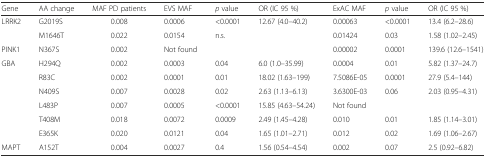
<table><thead><tr><td><b>Gene</b></td><td><b>AA change</b></td><td><b>MAF PD patients</b></td><td><b>EVS MAF</b></td><td><b><i>p</i> value</b></td><td><b>OR (IC 95 %)</b></td><td><b>ExAC MAF</b></td><td><b><i>p</i> value</b></td><td><b>OR (IC 95 %)</b></td></tr></thead><tbody><tr><td rowspan="2">LRRK2</td><td>G2019S</td><td>0.008</td><td>0.0006</td><td>&lt;0.0001</td><td>12.67 (4.0–40.2)</td><td>0.00063</td><td>&lt;0.0001</td><td>13.4 (6.2–28.6)</td></tr><tr><td>M1646T</td><td>0.022</td><td>0.0154</td><td>n.s.</td><td></td><td>0.01424</td><td>0.03</td><td>1.58 (1.02–2.45)</td></tr><tr><td>PINK1</td><td>N367S</td><td>0.002</td><td>Not found</td><td></td><td></td><td>0.00002</td><td>0.0001</td><td>139.6 (12.6–1541)</td></tr><tr><td rowspan="6">GBA</td><td>H294Q</td><td>0.002</td><td>0.0003</td><td>0.04</td><td>6.0 (1.0–35.99)</td><td>0.0004</td><td>0.01</td><td>5.82 (1.37–24.7)</td></tr><tr><td>R83C</td><td>0.002</td><td>0.0001</td><td>0.01</td><td>18.02 (1.63–199)</td><td>7.5086E-05</td><td>0.0001</td><td>27.9 (5.4–144)</td></tr><tr><td>N409S</td><td>0.007</td><td>0.0028</td><td>0.02</td><td>2.63 (1.13–6.13)</td><td>3.6300E-03</td><td>0.06</td><td>2.03 (0.95–4.31)</td></tr><tr><td>L483P</td><td>0.007</td><td>0.0005</td><td>&lt;0.0001</td><td>15.85 (4.63–54.24)</td><td>Not found</td><td></td><td></td></tr><tr><td>T408M</td><td>0.018</td><td>0.0072</td><td>0.0009</td><td>2.49 (1.45–4.28)</td><td>0.010</td><td>0.01</td><td>1.85 (1.14–3.01)</td></tr><tr><td>E365K</td><td>0.020</td><td>0.0121</td><td>0.04</td><td>1.65 (1.01–2.71)</td><td>0.012</td><td>0.02</td><td>1.69 (1.06–2.67)</td></tr><tr><td>MAPT</td><td>A152T</td><td>0.004</td><td>0.0027</td><td>0.4</td><td>1.56 (0.54–4.54)</td><td>0.002</td><td>0.07</td><td>2.5 (0.92–6.82)</td></tr></tbody></table>